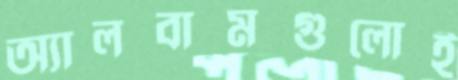
অ্যালবামগুলোই